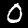
Digit: 0